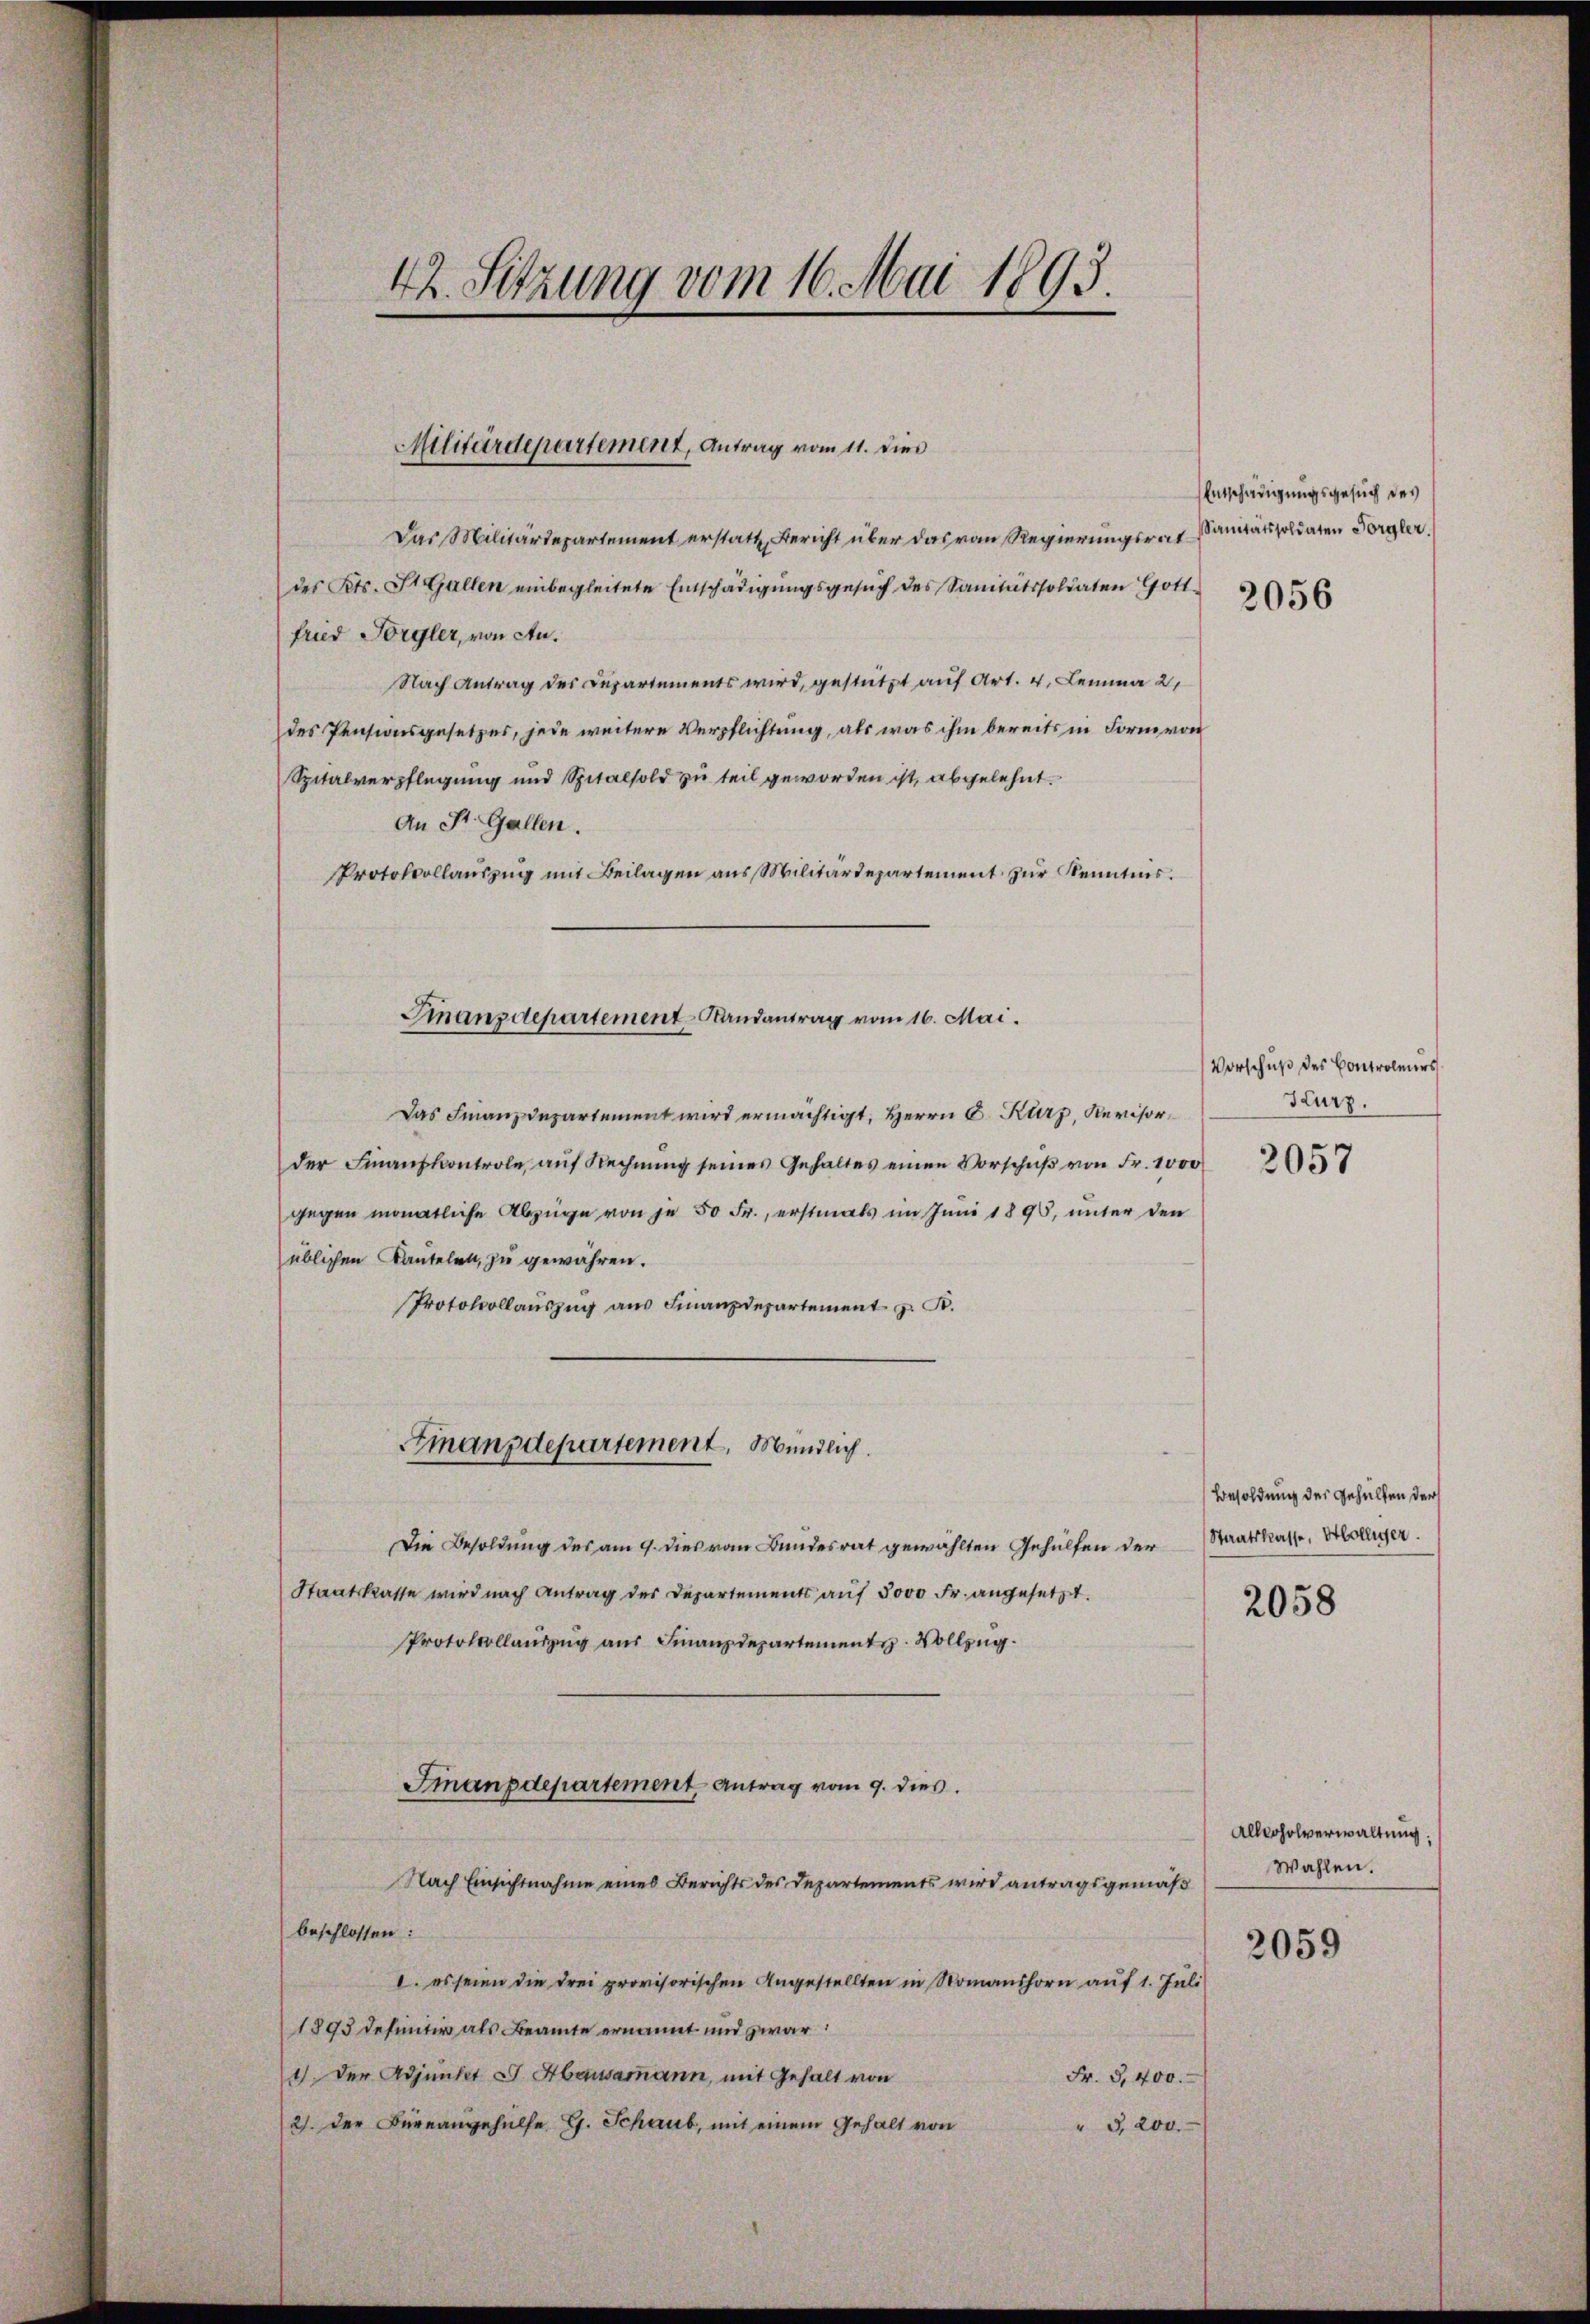
42. Sitzung vom 16. Mai 1893.

Militärdepartement, Antrag vom 11. dies

Das Militärdepartement erstatt, Bericht über das von Regierungsrat
des Kts. St. Gallen einbegleitete Entschädigungsgesuch des Sanitätssoldaten Gottfrud Förgler, von An¬
Nach Antrag des Departements wird, gestützt auf Art. 4. Lemma 2
des Pensionsgesetzes, jede weitere Verpflichtung, als was ihm bereits in Form von
Spitalverpflegung und Spitalsold zu teil geworden ist, abgelehnt.
An St. Gallen.
Protokollauszug mit Beilagen aus Militärdepartement zur Kenntnis.
Das Finanzdepartement wird ermächtigt, Herrn C. Kurz, Revisorder Finanzkontrole, aŭf Rechnŭng seines Gehaltes einen Vorschŭβ von Fr. 1000
gegen monatliche Abzüge von je 50 Fr., erstmals im Juni 1898, unter den
üblichen Kautelen, zu gewähren.
Protokollaŭszŭg aŭs Finanzdepartement z. B.
Amanzdepartement, Mündlich.
Die Besoldung des am 9. dies vom Bundesrat gewählten Gehülfen der
Staatskasse wird nach Antrag des Departements auf 3000 Fr. angesetzt.
Protokollauszug aus Finanzdepartement. Vollzug.
Fmanpdepartement Antrag vom 9. dies
Nach Einsichtnahme eines Berichts des Departements wird antragsgemäß
beschlossen:
1. es seien die drei provisorischen Angestellten in Nomanshorn auf 1. Juli
1893 definitiv als Beamte ernannt und zwar
1. Der Adjunker C. Hausammann, mit Gehalt von
Fr. 3, 400.
2). Der Bureangehülfe G. Schaub, mit einem Gehalt von
" 3,200.

Finanzdepartement-Randantrag vom 16. Mai.

Entschädigungsgesuch des
Sanitats soldaten Förgler.

2056

Vorschuß des Controleurs
Kurz.

2057

Besoldung des Gehülfen der
Staatskasse, Hölliger.

2058

Alloholverwaltung.
Wahlen.

2059